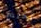
تحتضر